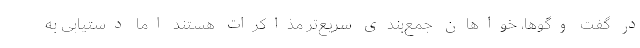
در گفت‌ وگوها، خواهان جمع‌بندی سریع‌تر مذاکرات هستند اما دستیابی به